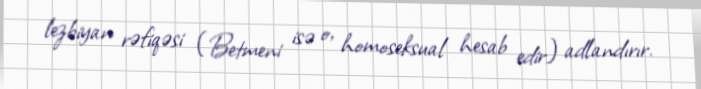
lezbiyan rəfiqəsi (Betmeni isə o, homoseksual hesab edir) adlandırır.